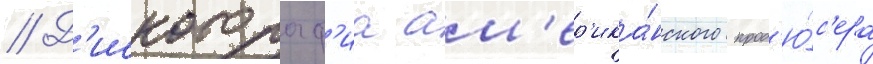
// Д'искограф'иа ам'ер'ика́нского прод'ю́с'ера